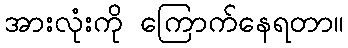
အားလုံးကို ကြောက်နေရတာ။